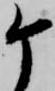
ケ